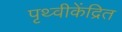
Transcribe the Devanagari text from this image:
पृथ्वीकेंद्रित